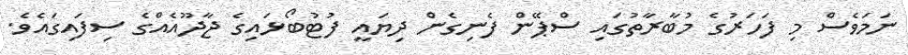
ނަމަވެސް މި ފަހަރުގެ މުބާރާތުގައި ސްޕޭން ފެނިގެން ދިޔައީ ފުޓުބޯޅައިގެ ޖާދޫއެއްގެ ސިފައިގައެވެ.